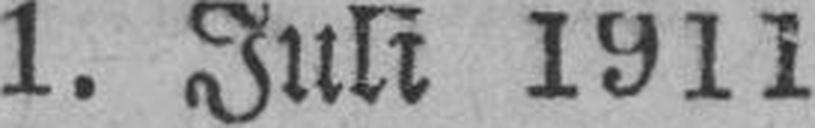
1. Juli 1911